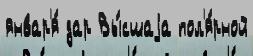
январ'я́ дар Вы́сшаjа пол'я́рной